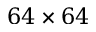
6 4 \times 6 4